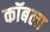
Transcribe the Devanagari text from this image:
कॉबला